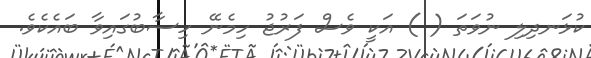
ކުޅަނދިލި ނުވަތަ ( ) އަކީ ވެސް ފަރުޖު ހިމެނޭ ހިސާބުގައިވާ ބައެކެވެ.